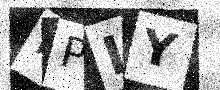
Text: IPLY